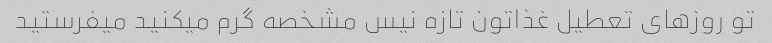
تو روز‌های تعطیل غذاتون تازه نیس مشخصه گرم میکنید میفرستید